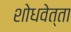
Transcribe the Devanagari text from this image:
शोधवेत्ता